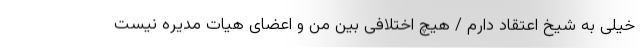
خیلی به شیخ اعتقاد دارم / هیچ اختلافی بین من و اعضای هیات مدیره نیست